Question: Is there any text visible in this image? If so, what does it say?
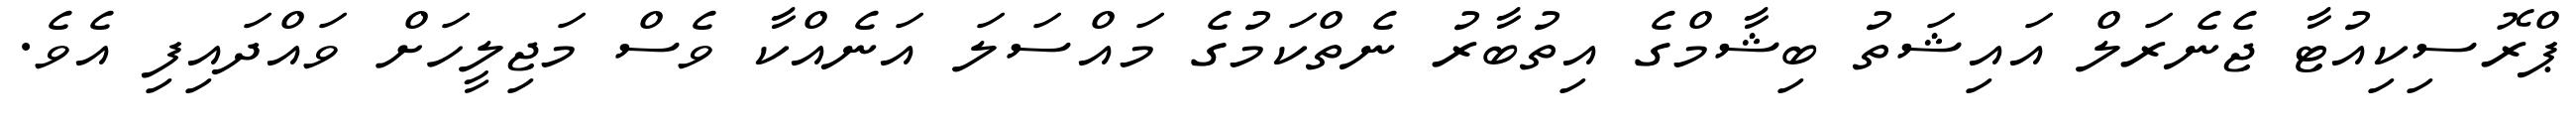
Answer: ޕްރޮސިކިއުޓާ ޖެނެރަލް އައިޝަތު ބިޝާމްގެ އިތުބާރު ނެތްކަމުގެ މައްސަލަ އަނެއްކާ ވެސް މަޖިލީހަށް ވައްދައިފި އެވެ.